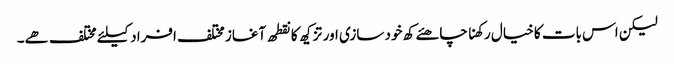
لیکن اس بات کا خیال رکھنا چاھئے کھ خود سازی اور تزکیھ کا نقطھ آغاز مختلف افراد کیلئے مختلف ھے۔